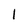
Character: 1